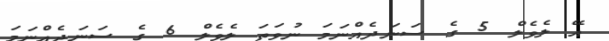
އޭ ލެވެލް 5 ގެ ސަނަދެއްނަމަ ނުވަތަ ލެވެލް 6 ގެ ސަނަދެއްނަމަ